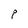
Character: P